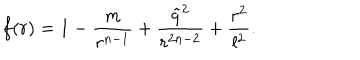
f ( r ) = 1 - \frac { m } { r ^ { n - 1 } } + \frac { \tilde { q } ^ { 2 } } { r ^ { 2 n - 2 } } + \frac { r ^ { 2 } } { l ^ { 2 } } .